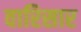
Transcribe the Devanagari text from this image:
वारिसार